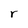
Character: r